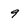
Character: 9